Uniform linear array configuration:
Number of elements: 4
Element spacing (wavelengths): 0.5
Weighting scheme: exponential
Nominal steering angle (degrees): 60
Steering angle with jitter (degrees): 61.295
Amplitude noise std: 0.05
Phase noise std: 0.05

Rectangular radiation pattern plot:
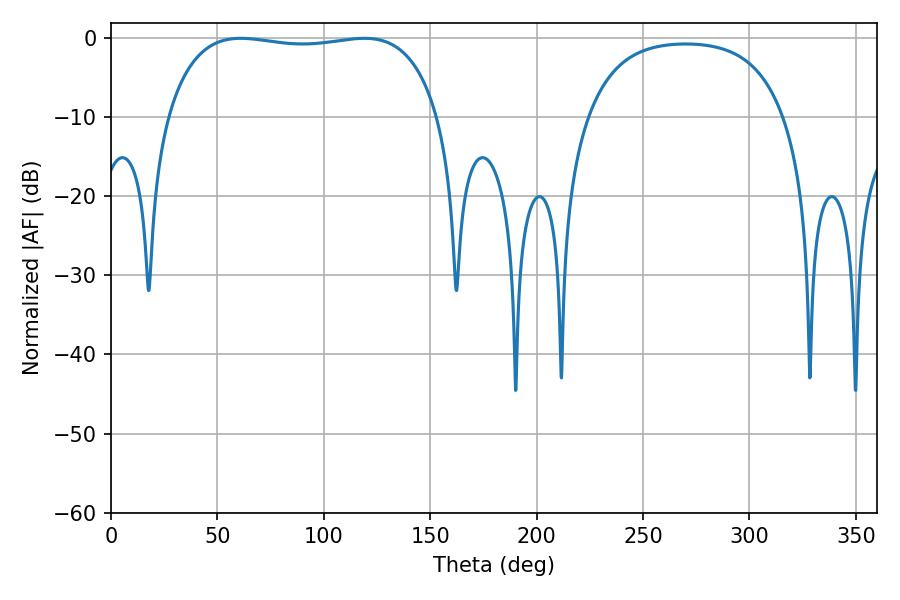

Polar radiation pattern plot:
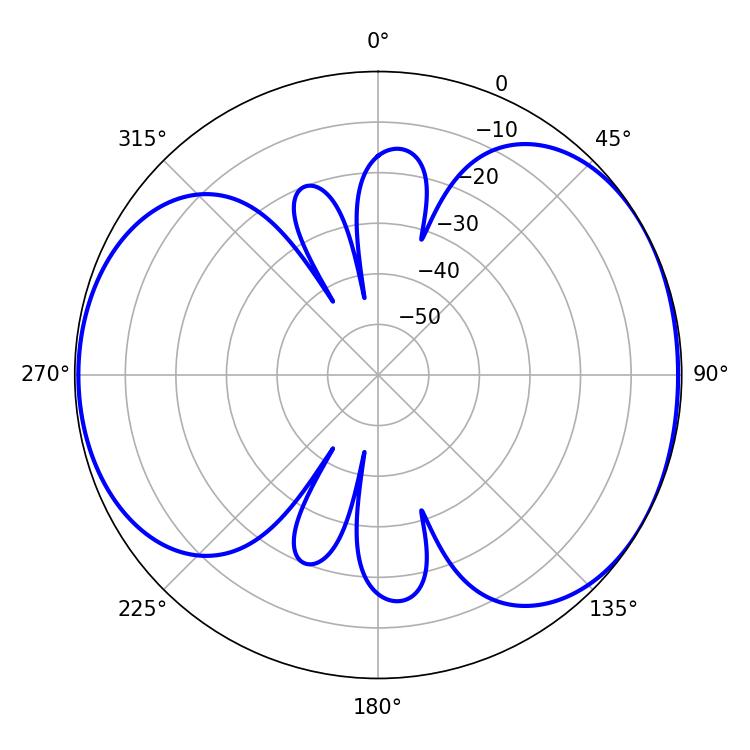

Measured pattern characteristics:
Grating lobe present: FALSE
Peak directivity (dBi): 5.279
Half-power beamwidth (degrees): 102.6
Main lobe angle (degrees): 61.02